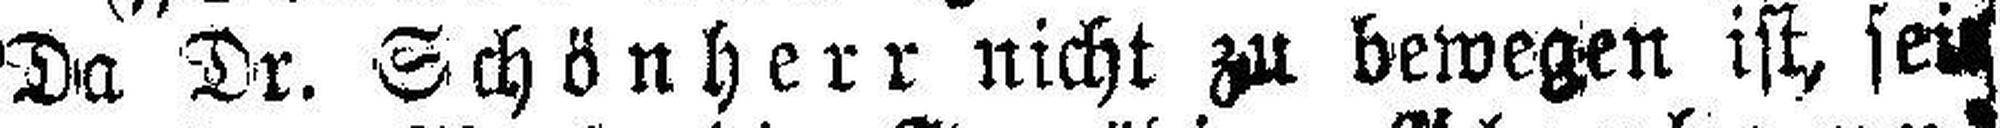
Da Dr. Schönherr nicht zu bewegen ist, sein